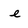
Character: e